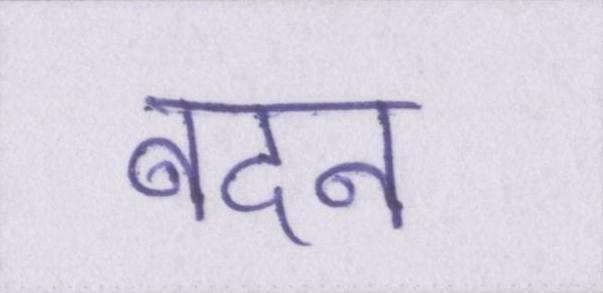
बदन